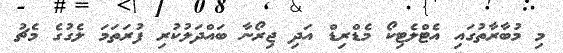
މި މުބާރާތުގައި އެޓްލެޓިކޯ މެޑްރިޑް އަދި ޖިރޯނާ ބައްދަލުކުރި ފުރަތަމަ ލެގުގެ މެޗު